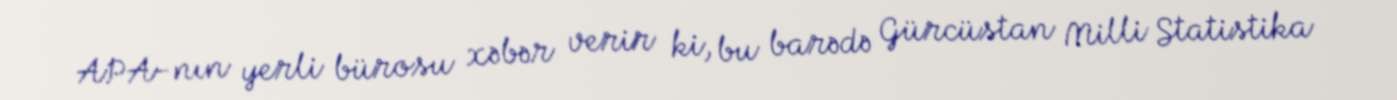
APA-nın yerli bürosu xəbər verir ki, bu barədə Gürcüstan Milli Statistika